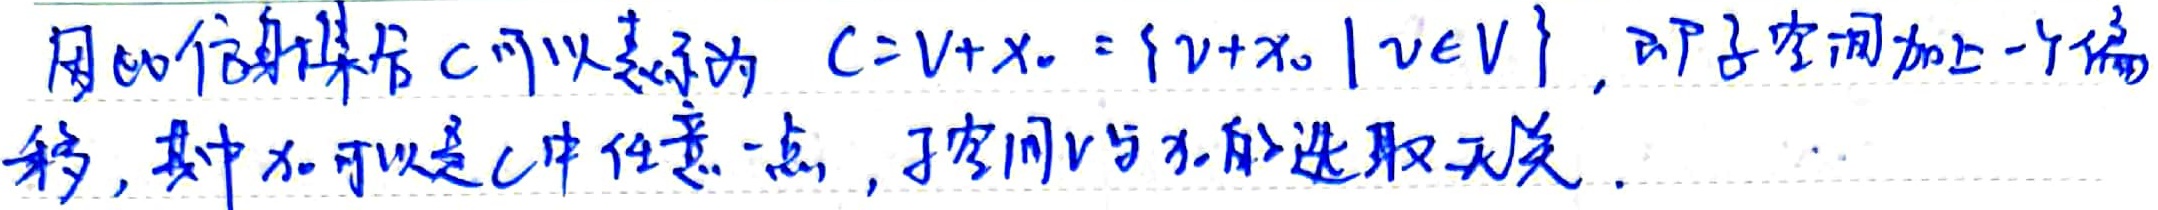
用的仿射集合 \(C\)可以表示为 \(C = V + x_0 = \{ v + x_0\mid v\in V\}\)，即子空间加上一个偏移，其中 \(x_0\)可以是 \(C\)中任意一点，子空间 \(V\)与 \(x_0\)的选取无关。